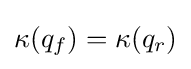
\kappa (q_{f})=\kappa (q_{r})